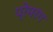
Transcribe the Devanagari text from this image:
प्रेमरंग